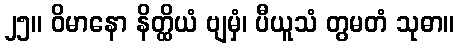
၂၅။ ဝိမာနော နိတ္ထိယံ ဗျမှံ၊ ပီယူသံ တွမတံ သုဓာ။